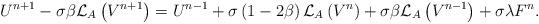
LaTeX: \begin{align*}U^{n+1}-\sigma \beta \mathcal{L}_{A}\left( V^{n+1}\right) =U^{n-1}+\sigma\left( 1-2\beta \right) \mathcal{L}_{A}\left( V^{n}\right) +\sigma \beta\mathcal{L}_{A}\left( V^{n-1}\right) +\sigma \lambda F^{n}.\end{align*}